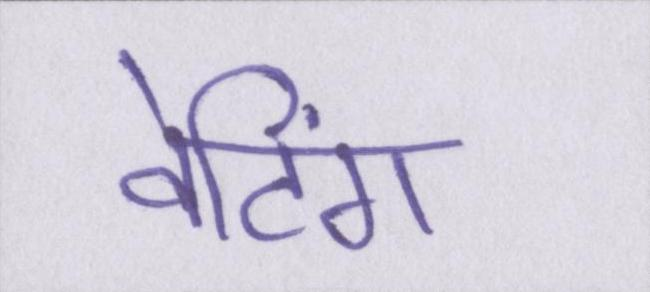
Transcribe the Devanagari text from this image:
वेटिंग